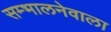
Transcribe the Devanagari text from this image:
सम्भालनेवाला